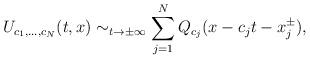
LaTeX: \begin{align*}U_{c_1,\dots,c_N}(t,x)\sim_{t\to\pm\infty}\sum_{j=1}^NQ_{c_j}(x-c_jt-x_j^\pm), \end{align*}